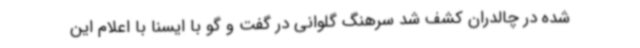
شده در چالدران کشف شد سرهنگ گلوانی در گفت و گو با ایسنا با اعلام این